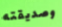
وصديقته